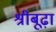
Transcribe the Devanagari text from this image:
श्रीबूढ़ा